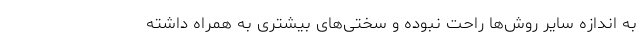
به اندازه سایر روش‌ها راحت نبوده و سختی‌های بیشتری به همراه داشته